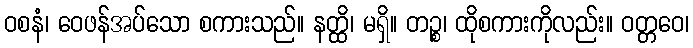
ဝစနံ၊ ဝေဖန်အပ်သော စကားသည်။ နတ္ထိ၊ မရှိ။ တဉ္စ၊ ထိုစကားကိုလည်း။ ဝတ္တဝေ၊